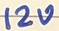
Text: 12V